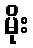
မိုး